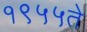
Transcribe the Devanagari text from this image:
१९५५ते